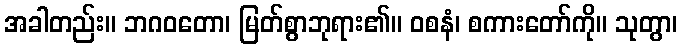
အခါတည်း။ ဘဂဝတော၊ မြတ်စွာဘုရား၏။ ဝစနံ၊ စကားတော်ကို။ သုတွာ၊